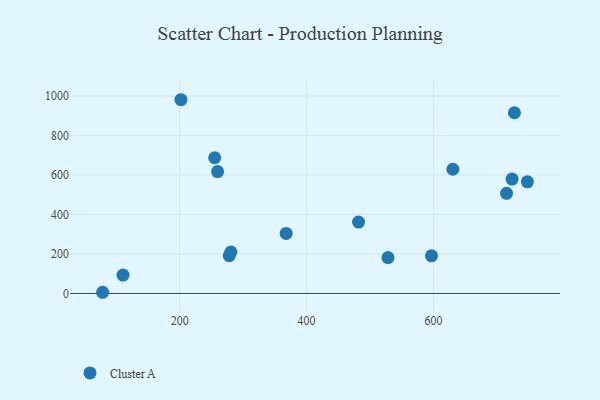
{"axis": {"x": "Investment", "y": "Fuel Efficiency"}, "legend": ["Cluster A"], "data": [{"x": "747.8", "y": 565.6, "type": "Cluster A"}, {"x": "278.2", "y": 191.6, "type": "Cluster A"}, {"x": "78.7", "y": 6.0, "type": "Cluster A"}, {"x": "715.0", "y": 507.4, "type": "Cluster A"}, {"x": "596.8", "y": 190.6, "type": "Cluster A"}, {"x": "367.8", "y": 304.2, "type": "Cluster A"}, {"x": "255.2", "y": 687.4, "type": "Cluster A"}, {"x": "259.8", "y": 617.4, "type": "Cluster A"}, {"x": "630.4", "y": 629.1, "type": "Cluster A"}, {"x": "280.7", "y": 209.9, "type": "Cluster A"}, {"x": "202.1", "y": 981.3, "type": "Cluster A"}, {"x": "723.7", "y": 579.4, "type": "Cluster A"}, {"x": "727.4", "y": 915.3, "type": "Cluster A"}, {"x": "528.2", "y": 181.7, "type": "Cluster A"}, {"x": "481.8", "y": 361.6, "type": "Cluster A"}, {"x": "110.8", "y": 92.9, "type": "Cluster A"}]}